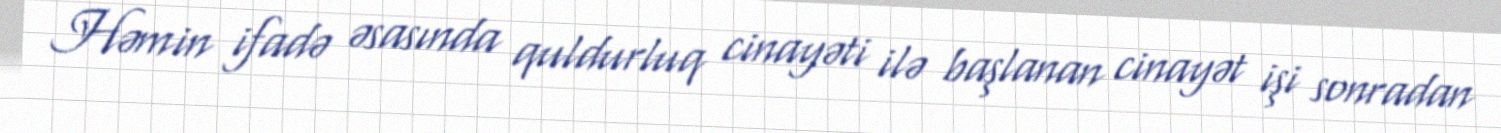
Həmin ifadə əsasında quldurluq cinayəti ilə başlanan cinayət işi sonradan